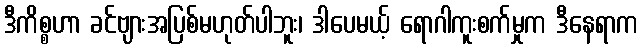
ဒီကိစ္စဟာ ခင်ဗျားအပြစ်မဟုတ်ပါဘူး၊ ဒါပေမယ့် ရောဂါကူးစက်မှုက ဒီနေရာက